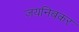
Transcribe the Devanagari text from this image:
जयनिबकर